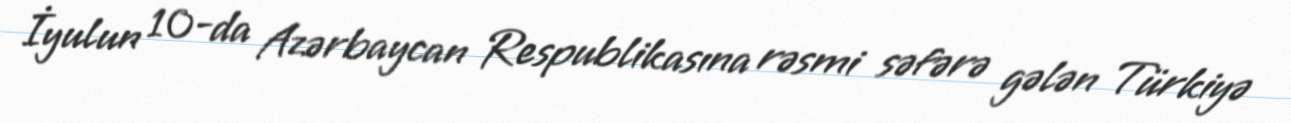
İyulun 10-da Azərbaycan Respublikasına rəsmi səfərə gələn Türkiyə